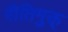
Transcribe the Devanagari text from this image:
रीतिमुक्त्